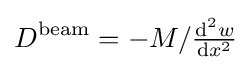
D^{\mathrm {beam} }=-M/{\tfrac {\mathrm {d} ^{2}w}{\mathrm {d} x^{2}}}